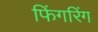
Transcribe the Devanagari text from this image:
फिंगरिंग